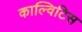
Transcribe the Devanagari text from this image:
काल्विटिस